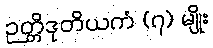
ဉတ္တိဒုတိယကံ (၇) မျိုး